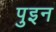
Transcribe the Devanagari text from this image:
पुइन